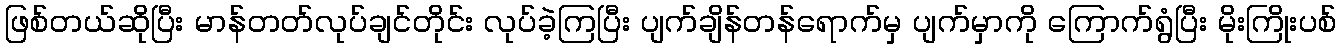
ဖြစ်တယ်ဆိုပြီး မာန်တတ်လုပ်ချင်တိုင်း လုပ်ခဲ့ကြပြီး ပျက်ချိန်တန်ရောက်မှ ပျက်မှာကို ကြောက်ရွံပြီး မိုးကြိုးပစ်